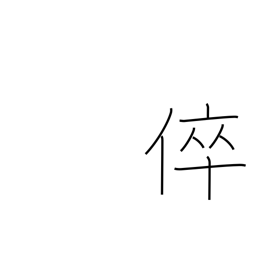
Meaning: my son